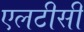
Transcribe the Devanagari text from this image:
एलटीसी